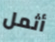
أثمل